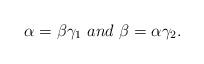
LaTeX: \begin{align*}\alpha=\beta\gamma_{1} \ and \ \beta=\alpha\gamma_{2}.\end{align*}